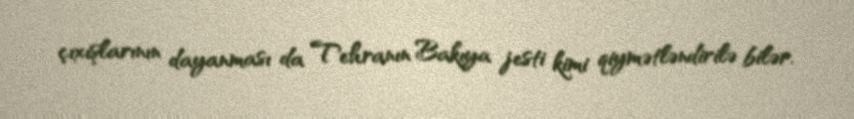
çıxışlarının dayanması da Tehranın Bakıya jesti kimi qiymətləndirilə bilər.